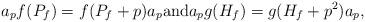
LaTeX: \begin{align*} a_p f(P_f) = f(P_f + p) a_p \textrm{and} a_p g(H_f) = g(H_f + p^2) a_p, \end{align*}